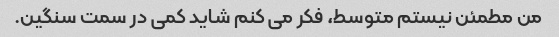
من مطمئن نیستم متوسط، فکر می کنم شاید کمی در سمت سنگین.